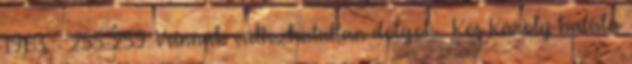
1983. - 255-259. Vannak változhatatlan dolgok. Kós Károly halála